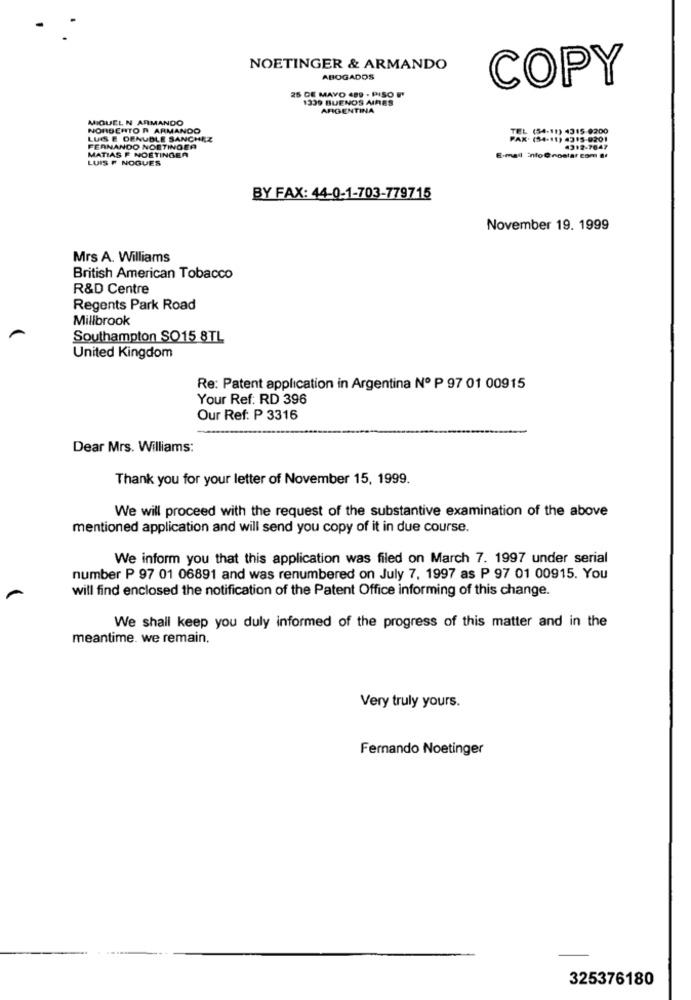
NOETINGER & ARMANDO
ABOGADOS
COPY
25 DE MAYO 489 . PISO I'
1339 BUENOS AIRES
ARGENTINA
MIQUEL N ARMANDO
NORBERTO R ARMANDO
TEL (54-11) 4315-9200
LUIS E DENUDLE SANCHEZ
FAX: (54-11) 4315-0201
FERNANDO NOETINGER
43:2-7647
LUIS F NOGUES
MATIAS F NOETINGER
E-mail info@nostar com af
BY FAX: 44-0-1-703-779715
November 19. 1999
Mrs A. Williams
British American Tobacco
R&D Centre
Regents Park Road
Millbrook
Southampton SO15 8TL
United Kingdom
Re: Patent application in Argentina Nº P 97 01 00915
Your Ref: RD 396
Our Ref: P 3316
Dear Mrs. Williams:
Thank you for your letter of November 15, 1999.
We will proceed with the request of the substantive examination of the above
mentioned application and will send you copy of it in due course.
We inform you that this application was filed on March 7. 1997 under serial
number P 97 01 06891 and was renumbered on July 7, 1997 as P 97 01 00915. You
will find enclosed the notification of the Patent Office informing of this change.
We shall keep you duly informed of the progress of this matter and in the
meantime. we remain.
Very truly yours.
Fernando Noetinger
325376180